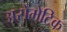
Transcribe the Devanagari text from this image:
अरोमेटिक